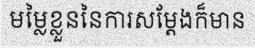
មម្លៃខ្លួននៃការសម្តែងក៏មាន